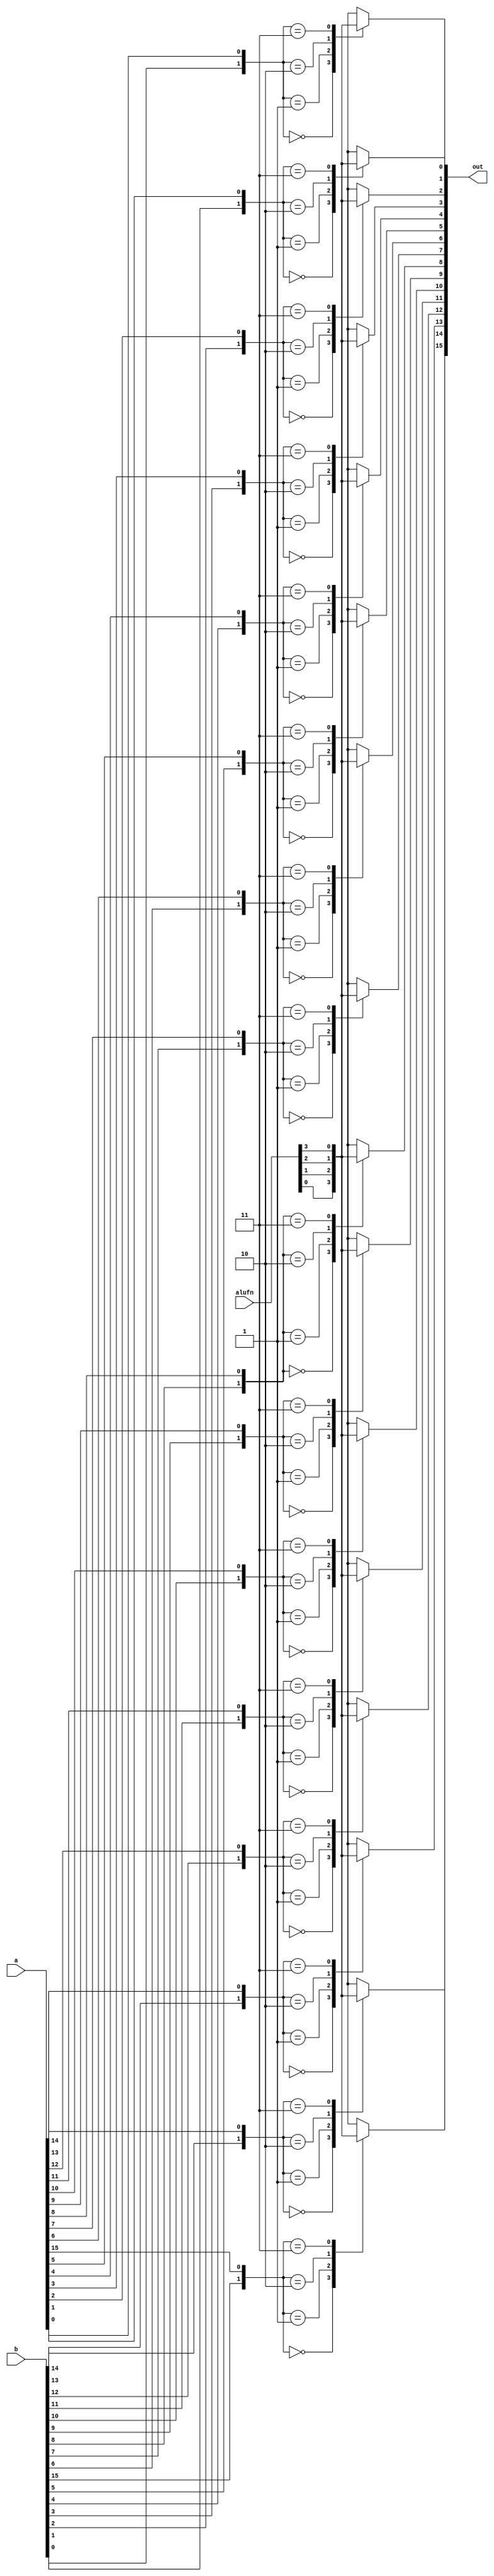
module bool_29 (
    input [15:0] a,
    input [15:0] b,
    input [5:0] alufn,
    output reg [15:0] out
  );
  
  
  
  integer idx;
  
  integer y;
  
  always @* begin
    out = 16'h0000;
    for (idx = 1'h0; idx < 5'h10; idx = idx + 1) begin
      y = {b[(idx)*1+0-:1], a[(idx)*1+0-:1]};
      
      case (y)
        2'h0: begin
          out[(idx)*1+0-:1] = alufn[0+0-:1];
        end
        2'h1: begin
          out[(idx)*1+0-:1] = alufn[1+0-:1];
        end
        2'h2: begin
          out[(idx)*1+0-:1] = alufn[2+0-:1];
        end
        2'h3: begin
          out[(idx)*1+0-:1] = alufn[3+0-:1];
        end
        default: begin
          out[(idx)*1+0-:1] = alufn[0+0-:1];
        end
      endcase
    end
  end
endmodule